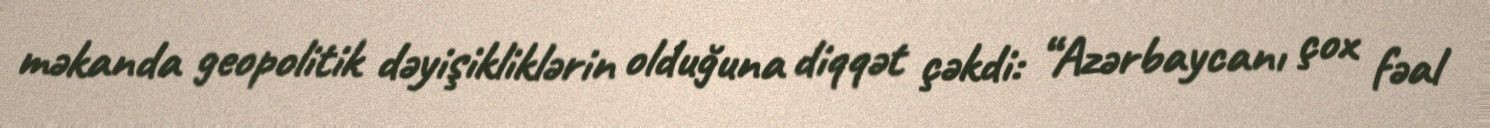
məkanda geopolitik dəyişikliklərin olduğuna diqqət çəkdi: “Azərbaycanı çox fəal